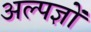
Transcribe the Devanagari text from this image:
अल्पज्ञों